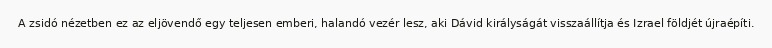
A zsidó nézetben ez az eljövendő egy teljesen emberi, halandó vezér lesz, aki Dávid királyságát visszaállítja és Izrael földjét újraépíti.